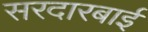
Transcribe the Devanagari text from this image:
सरदारबाई